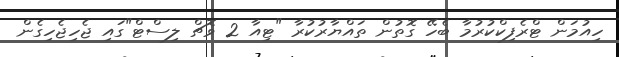
ހިއުމަން ޓްރެފިކްކުރުމާ ބެހޭ ގޮތުން ތައްޔާރުކުރާ "ޓިއާ 2 ވޮޗް ލިސްޓް"ގައި ޖެހިޖެހިގެން